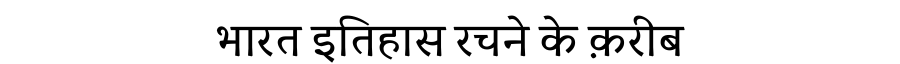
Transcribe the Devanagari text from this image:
भारत इतिहास रचने के क़रीब